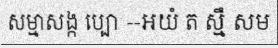
សម្មាសង្ក ប្បោ --អយំ ត ស្មឹ សម